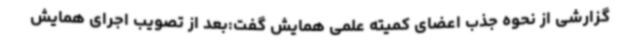
گزارشی از نحوه جذب اعضای کمیته علمی همایش گفت:بعد از تصویب اجرای همایش